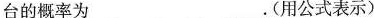
台的概率为___。(用公式表示)